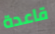
قاعدة